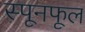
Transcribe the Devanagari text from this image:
स्पूनफूल